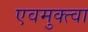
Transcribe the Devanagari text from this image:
एवमुक्त्वा